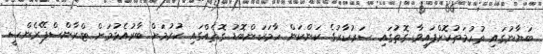
ބަޔާނުގައި ތުހުމަތުކޮށްފައިވާ ގޮތުގައި ސަރުކާރުގެ ކަންކަން ހާމަކަންބޮޑު ގޮތެއްގައި ކުރުމަށް ބާރުއެޅުމަށް ޓްރާންސްޕޭރެންސީ